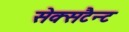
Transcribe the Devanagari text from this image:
सेक्सटैन्ट